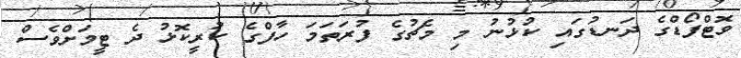
ވޮޓްފޯޑްގެ ދަނޑުގައި ކުޅުނު މި މެޗުގެ ފުރަތަމަ ހާފްގެ ކުރީކޮޅު ދެ ޓީމަށްވެސް